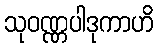
သုဝဏ္ဏပါဒုကာဟိ